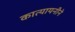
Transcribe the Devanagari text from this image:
कात्यायनीने